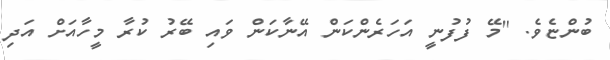
ބުންޏެވެ. ''މޭ ފުފުނީ އަހަރެންކަން އޭނާކަން ވައި ބޭރު ކުރާ މީހާއަށް އަދި